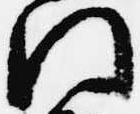
門